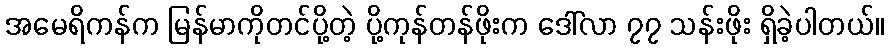
အမေရိကန်က မြန်မာကိုတင်ပို့တဲ့ ပို့ကုန်တန်ဖိုးက ဒေါ်လာ ၇၇ သန်းဖိုး ရှိခဲ့ပါတယ်။